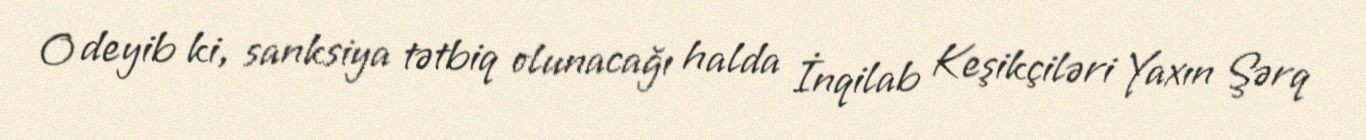
O deyib ki, sanksiya tətbiq olunacağı halda İnqilab Keşikçiləri Yaxın Şərq